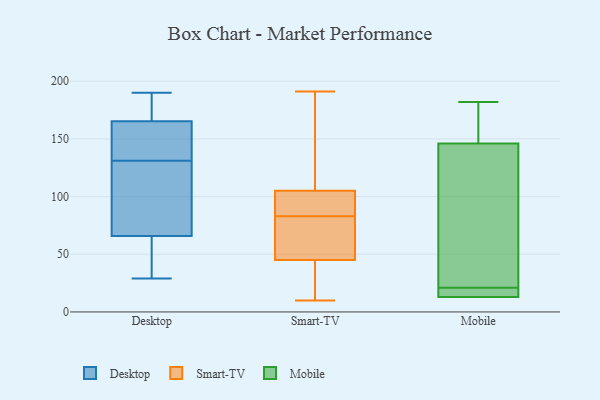
{"axis": {"x": "Active Users", "y": "Value"}, "legend": ["Desktop", "Mobile", "Smart-TV"], "data": [{"x": "", "y": 145, "type": "Desktop"}, {"x": "", "y": 77, "type": "Desktop"}, {"x": "", "y": 190, "type": "Desktop"}, {"x": "", "y": 116, "type": "Desktop"}, {"x": "", "y": 131, "type": "Desktop"}, {"x": "", "y": 187, "type": "Desktop"}, {"x": "", "y": 32, "type": "Desktop"}, {"x": "", "y": 126, "type": "Desktop"}, {"x": "", "y": 44, "type": "Desktop"}, {"x": "", "y": 141, "type": "Desktop"}, {"x": "", "y": 73, "type": "Desktop"}, {"x": "", "y": 169, "type": "Desktop"}, {"x": "", "y": 134, "type": "Desktop"}, {"x": "", "y": 164, "type": "Desktop"}, {"x": "", "y": 184, "type": "Desktop"}, {"x": "", "y": 29, "type": "Desktop"}, {"x": "", "y": 31, "type": "Desktop"}, {"x": "", "y": 40, "type": "Smart-TV"}, {"x": "", "y": 131, "type": "Smart-TV"}, {"x": "", "y": 99, "type": "Smart-TV"}, {"x": "", "y": 76, "type": "Smart-TV"}, {"x": "", "y": 82, "type": "Smart-TV"}, {"x": "", "y": 105, "type": "Smart-TV"}, {"x": "", "y": 10, "type": "Smart-TV"}, {"x": "", "y": 86, "type": "Smart-TV"}, {"x": "", "y": 191, "type": "Smart-TV"}, {"x": "", "y": 64, "type": "Smart-TV"}, {"x": "", "y": 45, "type": "Smart-TV"}, {"x": "", "y": 144, "type": "Smart-TV"}, {"x": "", "y": 84, "type": "Smart-TV"}, {"x": "", "y": 51, "type": "Smart-TV"}, {"x": "", "y": 31, "type": "Smart-TV"}, {"x": "", "y": 24, "type": "Smart-TV"}, {"x": "", "y": 148, "type": "Smart-TV"}, {"x": "", "y": 92, "type": "Smart-TV"}, {"x": "", "y": 13, "type": "Mobile"}, {"x": "", "y": 20, "type": "Mobile"}, {"x": "", "y": 113, "type": "Mobile"}, {"x": "", "y": 13, "type": "Mobile"}, {"x": "", "y": 13, "type": "Mobile"}, {"x": "", "y": 19, "type": "Mobile"}, {"x": "", "y": 182, "type": "Mobile"}, {"x": "", "y": 146, "type": "Mobile"}, {"x": "", "y": 22, "type": "Mobile"}, {"x": "", "y": 173, "type": "Mobile"}]}